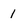
Character: 1